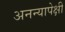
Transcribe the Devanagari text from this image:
अनन्यापेक्षी